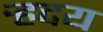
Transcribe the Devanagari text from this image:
र्‍हदय